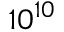
1 0 ^ { 1 0 }